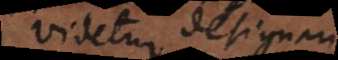
videtur designari